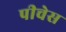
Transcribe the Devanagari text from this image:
पीचेस